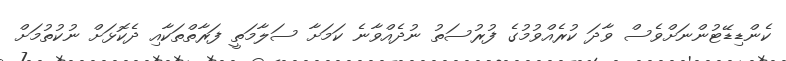
ކެންޑިޑޭޓުންނަށްވެސް ވާދަ ކުރެއްވުމުގެ ފުރުސަތު ނުދެއްވާނެ ކަމަށާ ސަލާމަތީ ފަރާތްތަކާއި ދެކޮޅަށް ނުކުތުމަށް